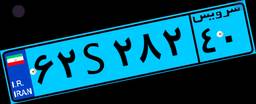
۶۲S۲۸۲۴۰